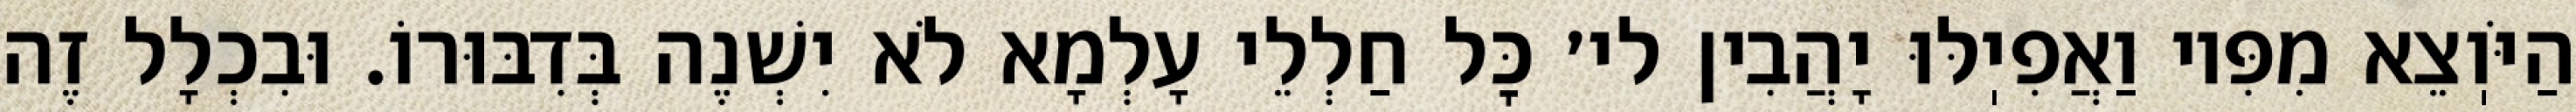
הַיֹּוֽצֵא מִפִּיו וַאֲפִיֽלּוּ יָהֲבִין לי׳ כׇּל חַלְלֵי עָלְמָא לֹא יִשְׁנֶה בְּדִבּוּרוֹ. וּבִכְלָל זֶה